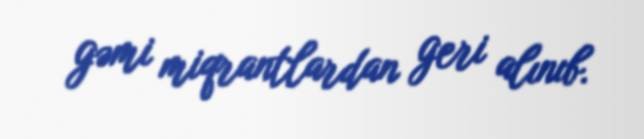
gəmi miqrantlardan geri alınıb.